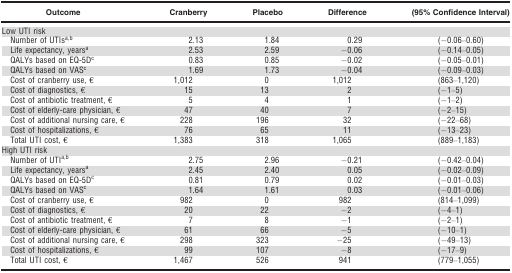
<table><thead><tr><td><b>Outcome</b></td><td><b>Cranberry</b></td><td><b>Placebo</b></td><td><b>Difference</b></td><td><b>(95% Confidence Interval)</b></td></tr></thead><tbody><tr><td colspan="5">Low UTI risk</td></tr><tr><td> Number of UTIsa,b</td><td>2.13</td><td>1.84</td><td>0.29</td><td>(−0.06–0.60)</td></tr><tr><td> Life expectancy, yearsa</td><td>2.53</td><td>2.59</td><td>−0.06</td><td>(−0.14–0.05)</td></tr><tr><td> QALYs based on EQ-5Dc</td><td>0.83</td><td>0.85</td><td>−0.02</td><td>(−0.05–0.01)</td></tr><tr><td> QALYs based on VASc</td><td>1.69</td><td>1.73</td><td>−0.04</td><td>(−0.09–0.03)</td></tr><tr><td> Cost of cranberry use, €</td><td>1,012</td><td>0</td><td>1,012</td><td>(863–1,120)</td></tr><tr><td> Cost of diagnostics, €</td><td>15</td><td>13</td><td>2</td><td>(−1–5)</td></tr><tr><td> Cost of antibiotic treatment, €</td><td>5</td><td>4</td><td>1</td><td>(−1–2)</td></tr><tr><td> Cost of elderly-care physician, €</td><td>47</td><td>40</td><td>7</td><td>(−2–15)</td></tr><tr><td> Cost of additional nursing care, €</td><td>228</td><td>196</td><td>32</td><td>(−22–68)</td></tr><tr><td> Cost of hospitalizations, €</td><td>76</td><td>65</td><td>11</td><td>(−13–23)</td></tr><tr><td> Total UTI cost, €</td><td>1,383</td><td>318</td><td>1,065</td><td>(889–1,183)</td></tr><tr><td colspan="5">High UTI risk</td></tr><tr><td> Number of UTIa,b</td><td>2.75</td><td>2.96</td><td>−0.21</td><td>(−0.42–0.04)</td></tr><tr><td> Life expectancy, yearsa</td><td>2.45</td><td>2.40</td><td>0.05</td><td>(−0.02–0.09)</td></tr><tr><td> QALYs based on EQ-5Dc</td><td>0.81</td><td>0.79</td><td>0.02</td><td>(−0.01–0.03)</td></tr><tr><td> QALYs based on VASc</td><td>1.64</td><td>1.61</td><td>0.03</td><td>(−0.01–0.06)</td></tr><tr><td> Cost of cranberry use, €</td><td>982</td><td>0</td><td>982</td><td>(814–1,099)</td></tr><tr><td> Cost of diagnostics, €</td><td>20</td><td>22</td><td>−2</td><td>(−4–1)</td></tr><tr><td> Cost of antibiotic treatment, €</td><td>7</td><td>8</td><td>−1</td><td>(−2–1)</td></tr><tr><td> Cost of elderly-care physician, €</td><td>61</td><td>66</td><td>−5</td><td>(−10–1)</td></tr><tr><td> Cost of additional nursing care, €</td><td>298</td><td>323</td><td>−25</td><td>(−49–13)</td></tr><tr><td> Cost of hospitalizations, €</td><td>99</td><td>107</td><td>−8</td><td>(−17–9)</td></tr><tr><td> Total UTI cost, €</td><td>1,467</td><td>526</td><td>941</td><td>(779–1,055)</td></tr></tbody></table>